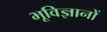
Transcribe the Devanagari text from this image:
भूविज्ञानों